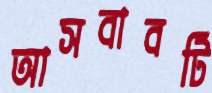
আসবাবটি